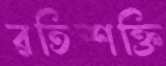
রতিশক্তি